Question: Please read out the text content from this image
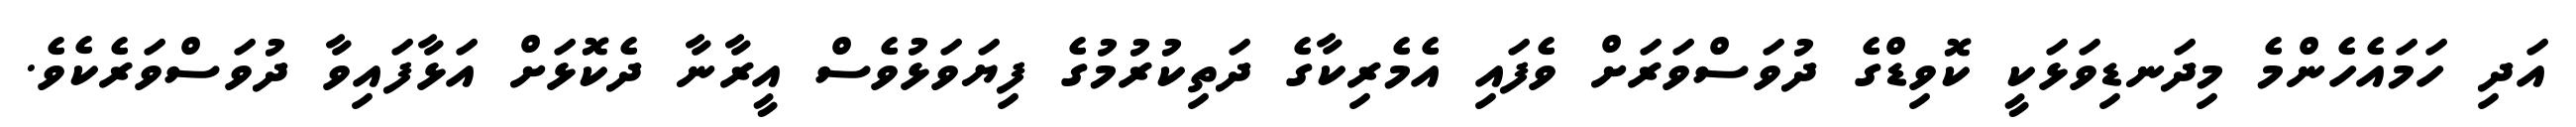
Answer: އަދި ހަމައެހެންމެ މިދަނޑިވަޅަކީ ކޮވިޑްގެ ދުވަސްވަރަށް ވެފައި އެމެރިކާގެ ދަތިކުރުމުގެ ފިޔަވަޅުވެސް އީރާނާ ދެކޮޅަށް އަޅާފައިވާ ދުވަސްވަރެކެވެ.